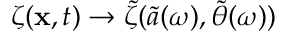
\zeta ( \mathbf { x } , t ) \to \tilde { \zeta } ( \tilde { a } ( \omega ) , \tilde { \theta } ( \omega ) )